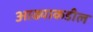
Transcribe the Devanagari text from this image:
आढ्याकडील